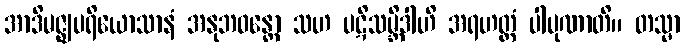
အာဒိမဇ္ဈပရိယောသာနံ အနုဘဝန္တော သဟ ပဋိသမ္ဘိဒါဟိ အရဟတ္တံ ပါပုဏာတိ။ တသ္မာ